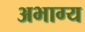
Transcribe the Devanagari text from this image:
अभाग्य